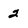
Character: 2